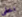
اخفي